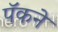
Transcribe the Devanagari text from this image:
पॅकने